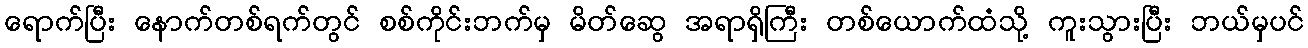
ရောက်ပြီး နောက်တစ်ရက်တွင် စစ်ကိုင်းဘက်မှ မိတ်ဆွေ အရာရှိကြီး တစ်ယောက်ထံသို့ ကူးသွားပြီး ဘယ်မှပင်